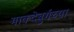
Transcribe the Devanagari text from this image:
माक्देबुर्गच्या